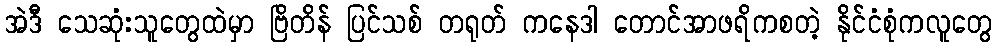
အဲဒီ သေဆုံးသူတွေထဲမှာ ဗြိတိန် ပြင်သစ် တရုတ် ကနေဒါ တောင်အာဖရိကစတဲ့ နိုင်ငံစုံကလူတွေ